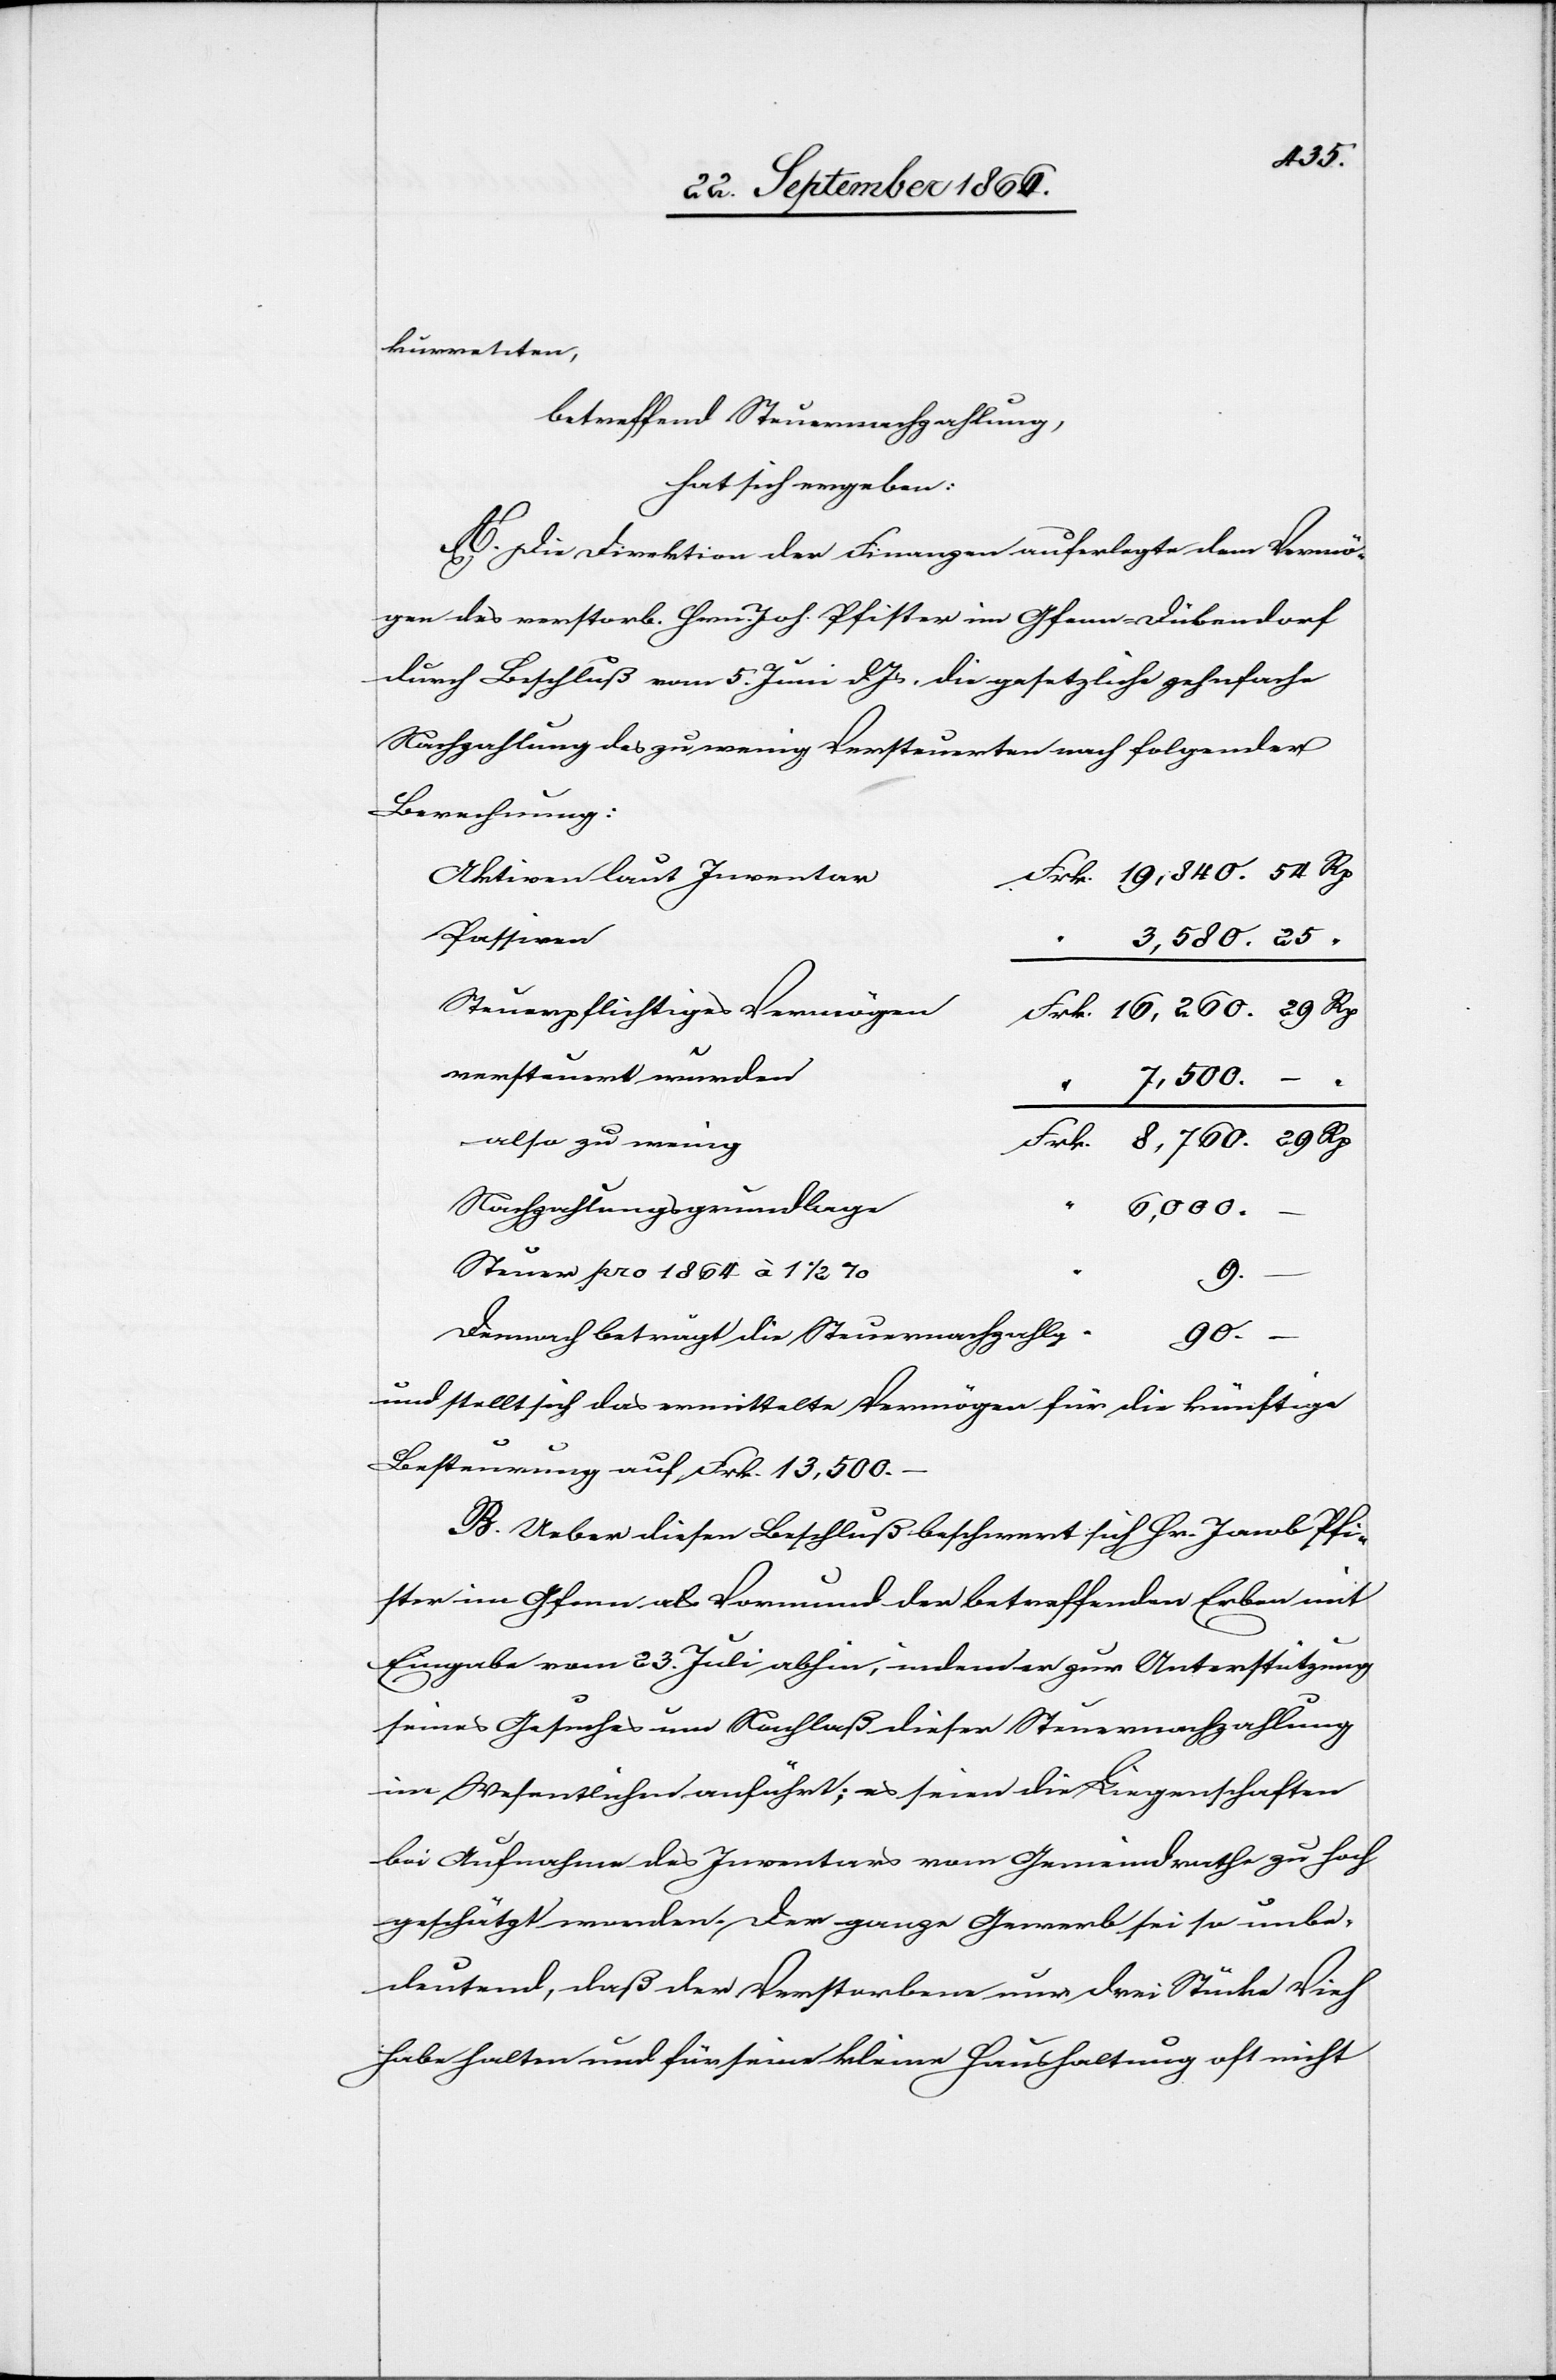
16 260.
kurrenten,
betreffend Steuernachzahlung,
hat sich ergeben:
A. Die Direktion der Finanzen auferlegte dem Vermö¬
gen des verstorb. Hrn. Joh. Pfister im Gfenn-Dübendorf
durch Beschluß vom 5. Juni dJs. die gesetzliche zehnfache
Nachzahlung des zu wenig Versteuerten nach folgender
Berechnung:
Aktiven laut Inventar
Passiven
Steuerpflichtiges Vermögen
versteuert wurden
7 500.
–
“
also zu wenig
Nachzahlungsgrundlage
6 000.
Steuer pro 1864 à 1 ½ %
9.
–
Demnach beträgt die Steuernachzahlg.
89.
und stellt sich das ermittelte Vermögen für die künftige
Besteuerung auf Frk. 13 500.–
B. Ueber diesen Beschluß beschwert sich Hr. Jacob Pfi¬
ster im Gfenn als Vormund der betreffenden Erben mit
Eingabe vom 23. Juli abhin, indem er zur Unterstützung
seines Gesuches um Nachlaß dieser Steuernachzahlung
im Wesentlichen anführt: es seien die Liegenschaften
bei Aufnahme des Inventars vom Gemeindrath zu hoch
geschätzt worden. Der ganze Gewerb sei so unbe¬
deutend, daß der Verstorbene nur drei Stücke Vieh
habe halten und für seine kleine Haushaltung oft nicht

29